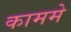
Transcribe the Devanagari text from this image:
काममे